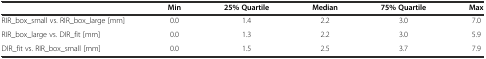
|  | Min | 25% Quartile | Median | 75% Quartile | Max |
 | --- | --- | --- | --- | --- | --- |
 | RIR_box_small vs. RIR_box_large [mm] | 0.0 | 1.4 | 2.2 | 3.0 | 7.0 |
 | RIR_box_large vs. DIR_fit [mm] | 0.0 | 1.3 | 2.2 | 3.0 | 5.9 |
 | DIR_fit vs. RIR_box_small [mm] | 0.0 | 1.5 | 2.5 | 3.7 | 7.9 |